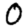
Digit: 0